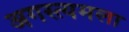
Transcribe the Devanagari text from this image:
अगस्त्यमला